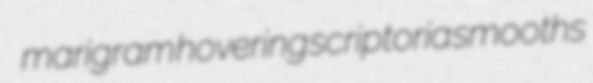
marigram hovering scriptoria smooths